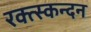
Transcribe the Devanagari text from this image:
रक्त्स्कन्दन